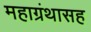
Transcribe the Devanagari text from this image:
महाग्रंथासह